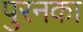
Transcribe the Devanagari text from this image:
पुरनका